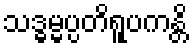
သဒ္ဓမ္မပ္ပတိရူပကန္တိ